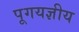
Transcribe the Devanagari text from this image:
पूगयज्ञीय